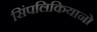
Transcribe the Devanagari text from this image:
सिंपलिकियानो